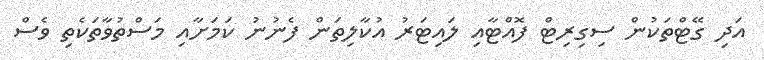
އަދި ގޭޓްތަކުން ސިގިރިޓް ފޮއްޓާއި ލައިޓަރު އުކާލިތަން ފެނުނު ކަމަށާއި މަސްތުވާތަކެތި ވެސް